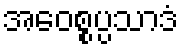
အဝေစ္စပ္ပသာဒံ